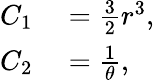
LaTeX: \begin{array}{rl}{C_{1}}&{{}={\frac{3}{2}}r^{3},}\\ {C_{2}}&{{}={\frac{1}{\theta}},}\end{array}